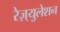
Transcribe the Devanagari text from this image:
रेज़्युलेशन